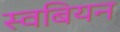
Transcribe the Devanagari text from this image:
स्वबियन